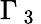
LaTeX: \Gamma_{\mathrm{~3~}}